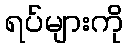
ရပ်များကို